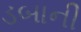
ડબાની